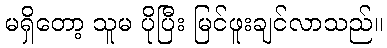
မရှိတော့ သူမ ပိုပြီး မြင်ဖူးချင်လာသည်။